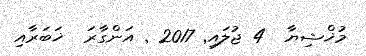
މުޚްޝިޔާ  4 ޖުލައި